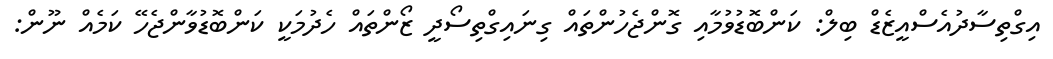
އިގްތިސާދުއެސްއީޒެޑް ބިލް: ކަންބޮޑުވުމާއި ގޮންޖެހުންތައް ގިނައިގްތިސޯދީ ޒޯންތައް ހެދުމަކީ ކަންބޮޑުވާންޖެހޭ ކަމެއް ނޫން: